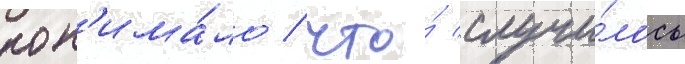
пон'има́ло / что́ случи́лось